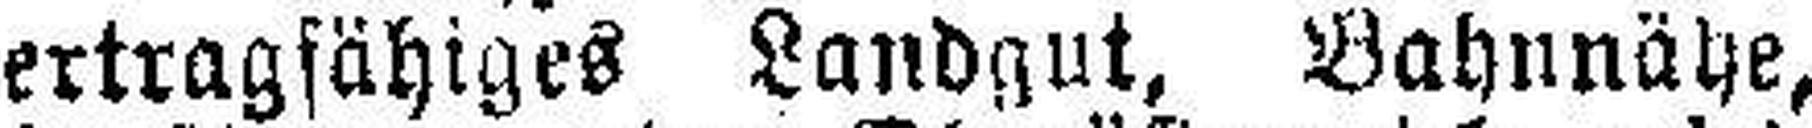
ertragfähiges Landgut, Bahnnähe,